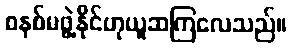
စနစ်မဖွဲ့နိုင်ဟုယူဆကြလေသည်။